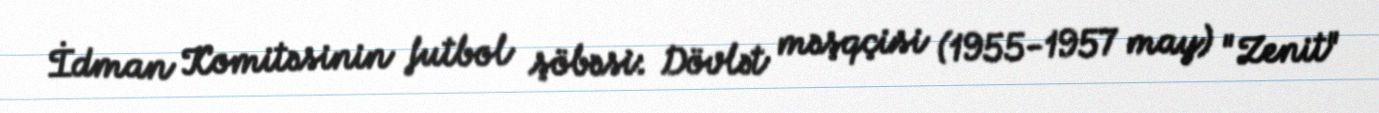
İdman Komitəsinin futbol şöbəsi: Dövlət məşqçisi (1955-1957 may) "Zenit"